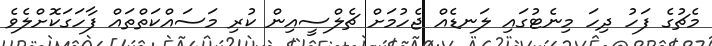
މެޗުގެ ފަހު ދިހަ މިނެޓުގައި ލަނޑެއް ޖެހުމަށް ޗެލްސީއިން ކުރި މަސައްކަތްތައް ފާހަގަކޮށްލެވެ